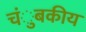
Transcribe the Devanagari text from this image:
चंुबकीय